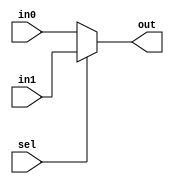
module mux2to1 #(parameter N = 32) (
    output [N-1:0] out,
    input [N-1:0]  in0, in1,
    input wire     sel
);
    assign out = (sel == 1'b0) ? in0 : in1;

endmodule